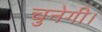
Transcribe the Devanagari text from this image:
चुनेगी।